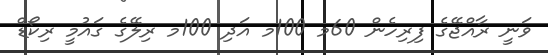
ވަނީ ރާއްޖޭގެ ފިރިހެން 60މ 100މ އަދި 100މ ރިލޭގެ ގައުމީ ރިކޯޑް